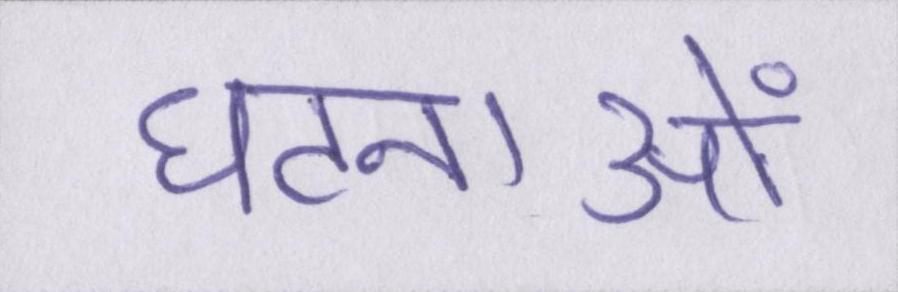
घटनाओं